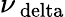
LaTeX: \nu_{\mathrm{\ delta}}